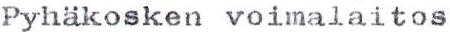
Pyhäkosken voimalaitos